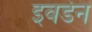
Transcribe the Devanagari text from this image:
इवर्डन